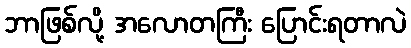
ဘာဖြစ်လို့ အလောတကြီး ပြောင်းရတာလဲ